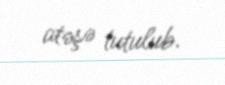
atəşə tutulub.